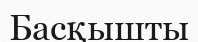
Басқышты